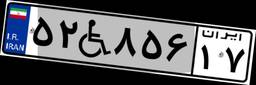
۵۲W۸۵۶۱۷